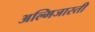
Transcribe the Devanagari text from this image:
अल्मिजास्ती